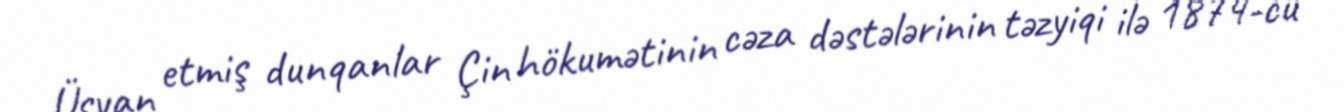
Üsyan etmiş dunqanlar Çin hökumətinin cəza dəstələrinin təzyiqi ilə 1874-cü